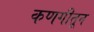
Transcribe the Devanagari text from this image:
कणगीतून